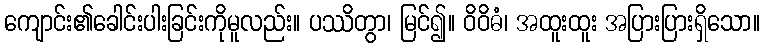
ကျောင်း၏ခေါင်းပါးခြင်းကိုမူလည်း။ ပဿိတွာ၊ မြင်၍။ ဝိဝိဓံ၊ အထူးထူး အပြားပြားရှိသော။